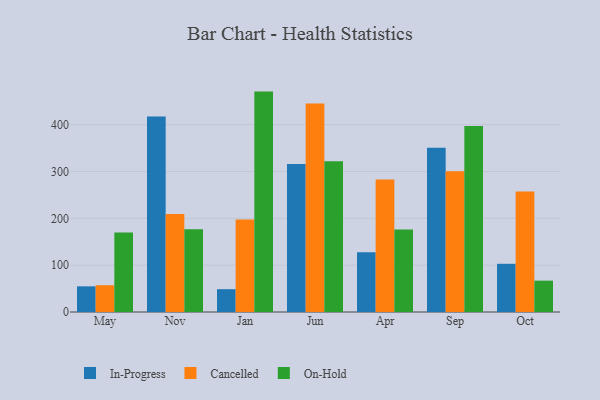
{"axis": {"x": "Month", "y": "Market Share (%)"}, "legend": ["Cancelled", "In-Progress", "On-Hold"], "data": [{"x": "May", "y": 54.8, "type": "In-Progress"}, {"x": "May", "y": 57.2, "type": "Cancelled"}, {"x": "May", "y": 169.7, "type": "On-Hold"}, {"x": "Nov", "y": 417.4, "type": "In-Progress"}, {"x": "Nov", "y": 209.3, "type": "Cancelled"}, {"x": "Nov", "y": 176.5, "type": "On-Hold"}, {"x": "Jan", "y": 48.7, "type": "In-Progress"}, {"x": "Jan", "y": 197.3, "type": "Cancelled"}, {"x": "Jan", "y": 470.5, "type": "On-Hold"}, {"x": "Jun", "y": 316.0, "type": "In-Progress"}, {"x": "Jun", "y": 445.3, "type": "Cancelled"}, {"x": "Jun", "y": 321.6, "type": "On-Hold"}, {"x": "Apr", "y": 127.4, "type": "In-Progress"}, {"x": "Apr", "y": 283.1, "type": "Cancelled"}, {"x": "Apr", "y": 176.0, "type": "On-Hold"}, {"x": "Sep", "y": 350.6, "type": "In-Progress"}, {"x": "Sep", "y": 300.6, "type": "Cancelled"}, {"x": "Sep", "y": 396.9, "type": "On-Hold"}, {"x": "Oct", "y": 102.9, "type": "In-Progress"}, {"x": "Oct", "y": 257.2, "type": "Cancelled"}, {"x": "Oct", "y": 66.9, "type": "On-Hold"}]}